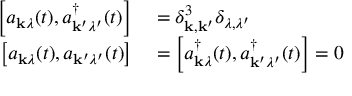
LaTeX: \begin{array} { r l } { \left[ a _ { \mathbf { k } \lambda } ( t ) , a _ { \mathbf { k } ^ { \prime } \lambda ^ { \prime } } ^ { \dagger } ( t ) \right] } & { { } = \delta _ { \mathbf { k } , \mathbf { k } ^ { \prime } } ^ { 3 } \delta _ { \lambda , \lambda ^ { \prime } } } \\ { \left[ a _ { \mathbf { k } \lambda } ( t ) , a _ { \mathbf { k } ^ { \prime } \lambda ^ { \prime } } ( t ) \right] } & { { } = \left[ a _ { \mathbf { k } \lambda } ^ { \dagger } ( t ) , a _ { \mathbf { k } ^ { \prime } \lambda ^ { \prime } } ^ { \dagger } ( t ) \right] = 0 } \end{array}